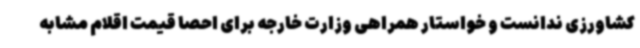
کشاورزی ندانست و خواستار همراهی وزارت خارجه برای احصا قیمت اقلام مشابه